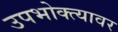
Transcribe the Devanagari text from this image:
उपभोक्त्यावर